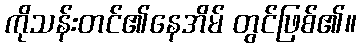
ကိုသန်းတင်၏နေအိမ် တွင်ဖြစ်၏။